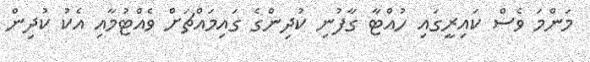
މަންމަ ވެސް ކައިރީގައި ހުއްޓާ ގާފުނި ކުދިންގެ ގައިމައްޗަށް ވެއްޓުމާއި އެކު ކުދިން